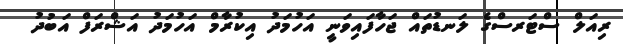
ރިއަލް ސްޓަރސްގެ ލަނޑުތައް ޖަހާފައިވަނީ އަހުމަދު އިކުރާމް އަހުމަދު އަޝްރަފް އަބުދު